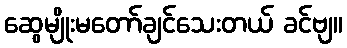
ဆွေမျိုးမတော်ချင်သေးတယ် ခင်ဗျ။